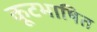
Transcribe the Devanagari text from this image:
कूटभाषित